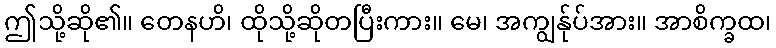
ဤသို့ဆို၏။ တေနဟိ၊ ထိုသို့ဆိုတပြီးကား။ မေ၊ အကျွန်ုပ်အား။ အာစိက္ခထ၊